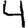
Digit: 4